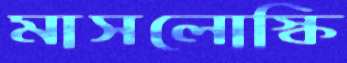
মাসলোস্কি